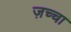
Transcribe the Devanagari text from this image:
ज़च्चा